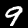
Label: 9